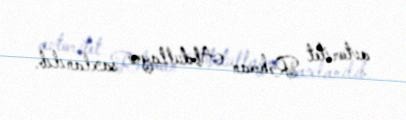
avtoritet Rəhman Abdullayev saxlanılıb.